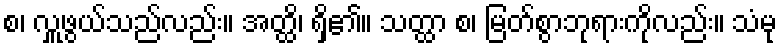
စ၊ လှူဖွယ်သည်လည်း။ အတ္ထိ၊ ရှိ၏။ သတ္ထာ စ၊ မြတ်စွာဘုရားကိုလည်း။ သံမု